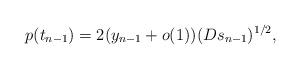
LaTeX: \begin{align*}p(t_{n-1})=2(y_{n-1}+o(1))(D s_{n-1})^{1/2},\end{align*}